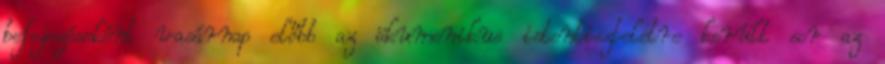
befejezéseként vasárnap előbb az ökumenikus istentiszteletre került sor az